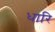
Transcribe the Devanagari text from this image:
धारि